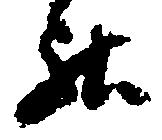
罷